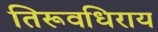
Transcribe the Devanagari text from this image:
तिरूवधिराय